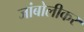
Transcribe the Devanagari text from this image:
जांबोलीकर